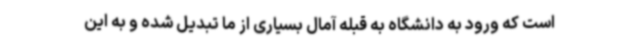
است که ورود به دانشگاه به قبله آمال بسیاری از ما تبدیل شده و به این